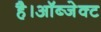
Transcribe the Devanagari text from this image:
है।ऑब्जेक्ट